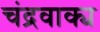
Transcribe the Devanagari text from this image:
चंद्रवाक्य